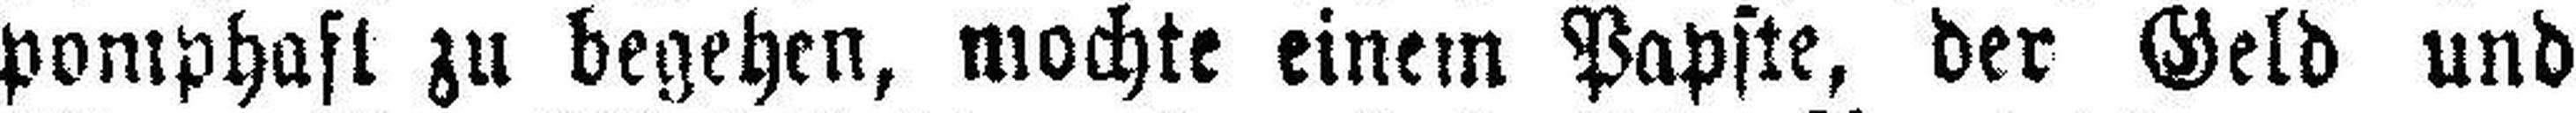
pomphaft zu begehen, mochte einem Papste, der Geld und